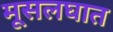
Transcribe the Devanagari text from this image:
मूसलघात